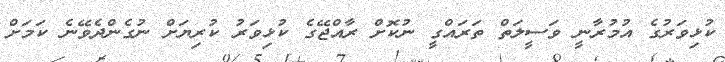
ކުޅިވަރުގެ އުމުރާނީ ވަސީލަތް ތަރައްގީ ނުކޮށް ރާއްޖޭގެ ކުޅިވަރު ކުރިޔަށް ނުގެންދެވޭނެ ކަމަށް